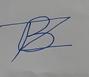
Signature authenticity: forged